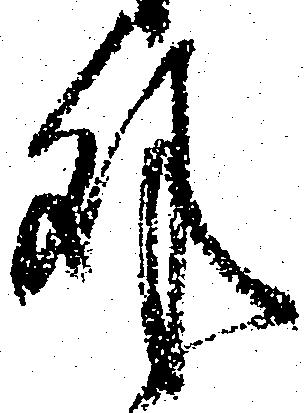
外